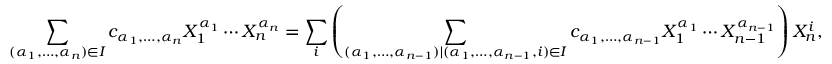
\sum _ { ( \alpha _ { 1 } , \ldots , \alpha _ { n } ) \in I } c _ { \alpha _ { 1 } , \ldots , \alpha _ { n } } X _ { 1 } ^ { \alpha _ { 1 } } \cdots X _ { n } ^ { \alpha _ { n } } = \sum _ { i } \left( \sum _ { ( \alpha _ { 1 } , \ldots , \alpha _ { n - 1 } ) \mid ( \alpha _ { 1 } , \ldots , \alpha _ { n - 1 } , i ) \in I } c _ { \alpha _ { 1 } , \ldots , \alpha _ { n - 1 } } X _ { 1 } ^ { \alpha _ { 1 } } \cdots X _ { n - 1 } ^ { \alpha _ { n - 1 } } \right) X _ { n } ^ { i } ,